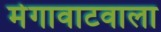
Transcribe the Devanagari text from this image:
मेगावाटवाला